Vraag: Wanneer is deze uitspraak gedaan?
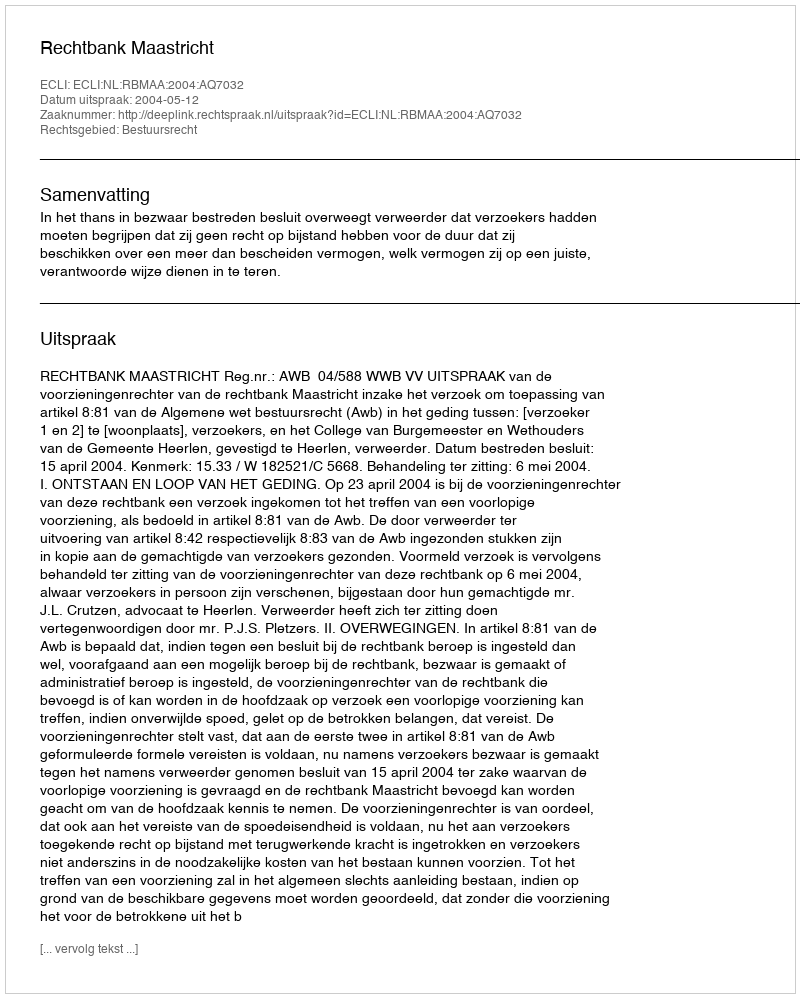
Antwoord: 2004-05-12